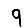
Digit: 9